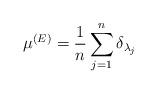
LaTeX: \begin{align*} \mu^{(E)} = \frac{1}{n} \sum_{j=1}^{n} \delta_{\lambda_j}\end{align*}